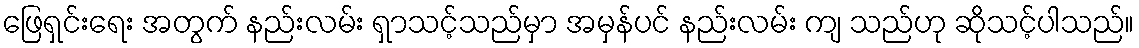
ဖြေရှင်းရေး အတွက် နည်းလမ်း ရှာသင့်သည်မှာ အမှန်ပင် နည်းလမ်း ကျ သည်ဟု ဆိုသင့်ပါသည်။